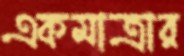
একমাত্রার